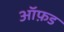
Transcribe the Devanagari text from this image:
आॅफ़ड